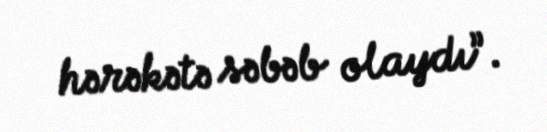
hərəkətə səbəb olaydı”.